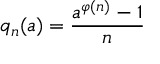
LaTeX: q _ { n } ( a ) = { \frac { a ^ { \varphi ( n ) } - 1 } { n } }